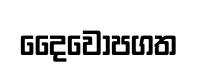
දෛවොපගත